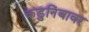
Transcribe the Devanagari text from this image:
कडुनिंबावर